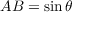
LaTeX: A B = \sin \theta